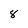
Character: 8